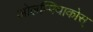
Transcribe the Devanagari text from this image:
ओलम्पियाकोस्